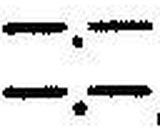
—.—